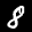
Label: 8